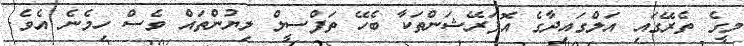
މީގެ ތެރޭގައި އަލްގައިދާގެ އޮޕަރޭޝަންތަކާ ބެހޭ ތަފްސީލް ލިޔުންތައް ވެސް ހިމެނެ އެވެ.